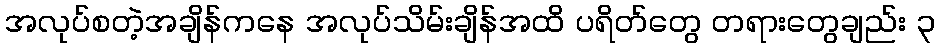
အလုပ်စတဲ့အချိန်ကနေ အလုပ်သိမ်းချိန်အထိ ပရိတ်တွေ တရားတွေချည်း ၃